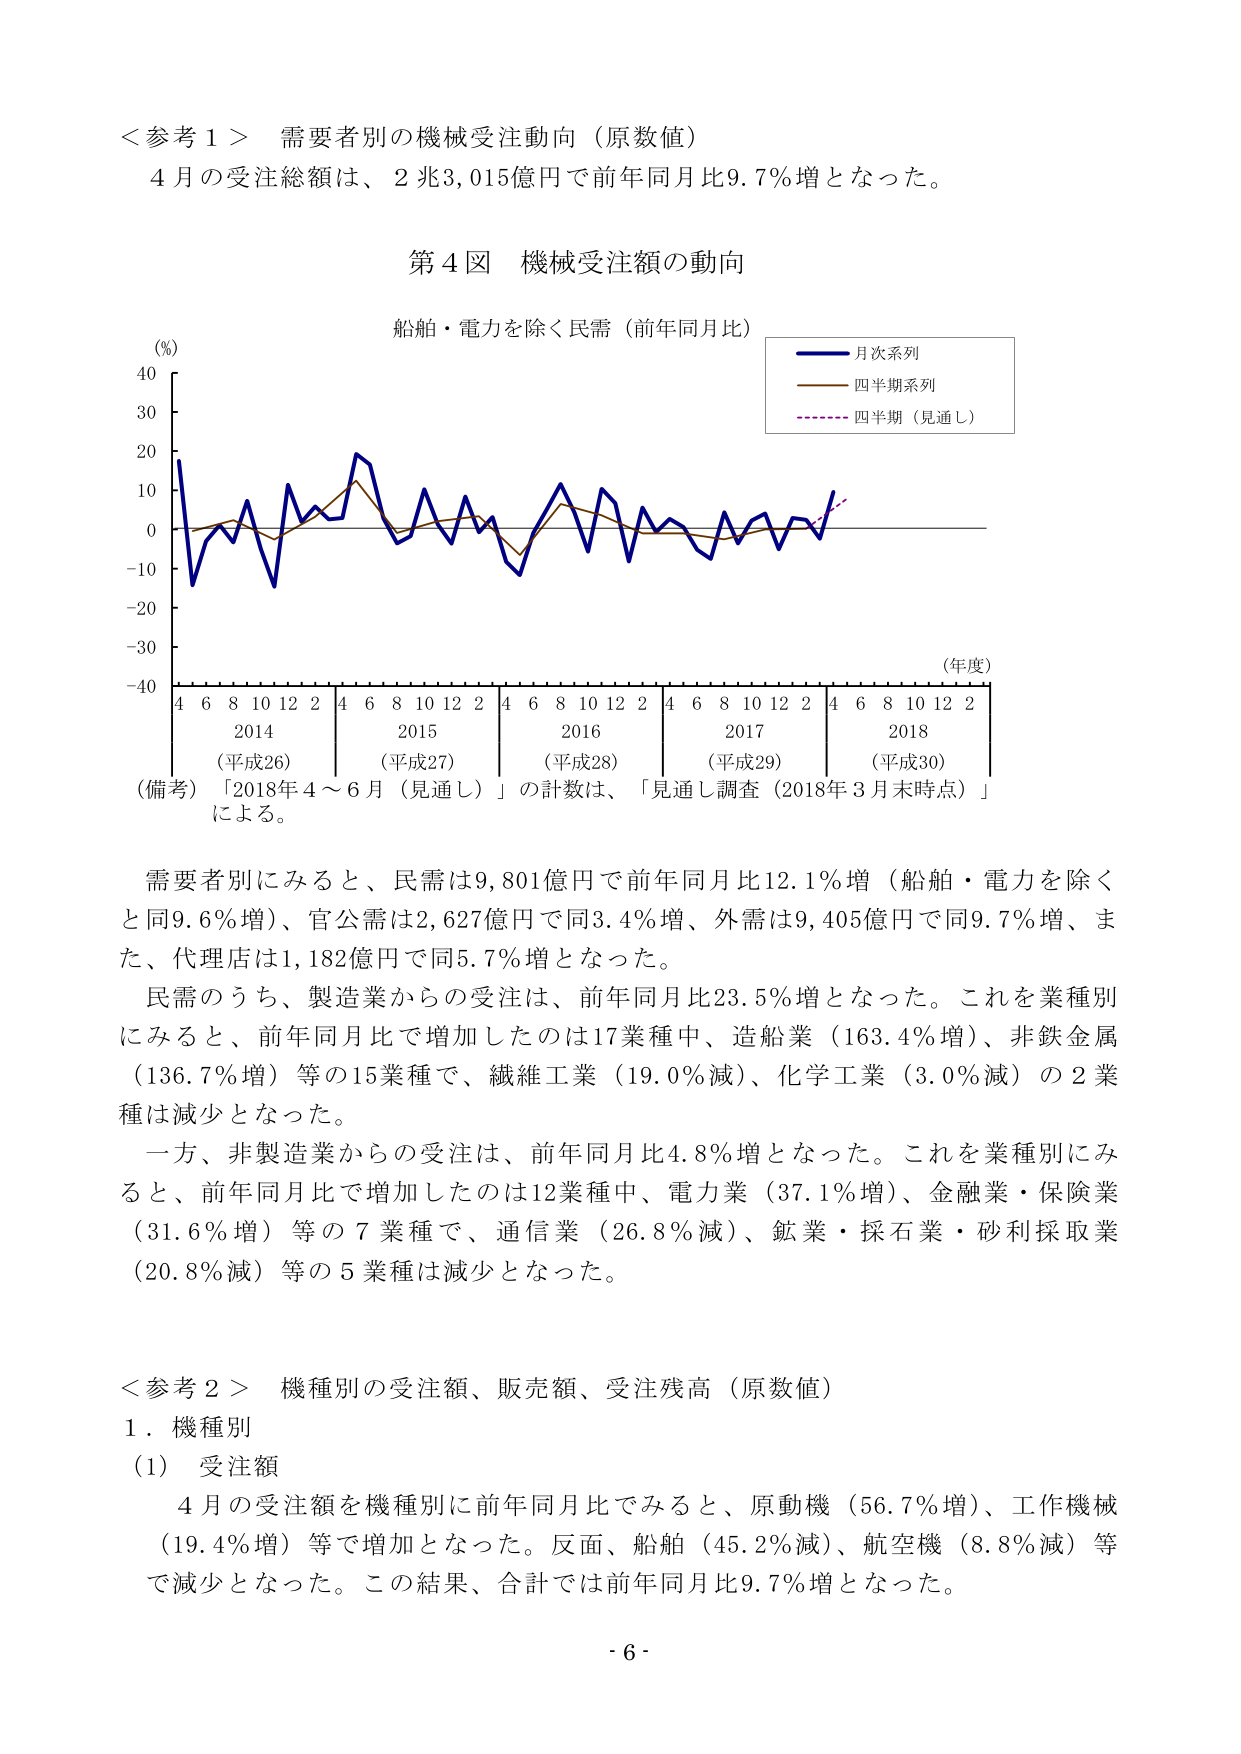
＜参考１＞ 需要者別の機械受注動向（原数値）
４月の受注総額は、２兆3,015億円で前年同月比9.7％増となった。

第４図 機械受注額の動向
船舶・電力を除く民需（前年同月比）
（％）
40
30
20
10
0
-10
-20
-30
-40
（年度）
4 6 8 10 12 2 4 6 8 10 12 2 4 6 8 10 12 2 4 6 8 10 12 2 4 6 8 10 12 2
2014 （平成26） 2015 （平成27） 2016 （平成28） 2017 （平成29） 2018 （平成30）
（備考）「2018年４～６月（見通し）」の計数は、「見通し調査（2018年３月末時点）」による。

月次系列
四半期系列
四半期（見通し）

需要者別にみると、民需は9,801億円で前年同月比12.1％増（船舶・電力を除くと同9.6％増）、官公需は2,627億円で同3.4％増、外需は9,405億円で同9.7％増、また、代理店は1,182億円で同5.7％増となった。
民需のうち、製造業からの受注は、前年同月比23.5％増となった。これを業種別にみると、前年同月比で増加したのは17業種中、造船業（163.4％増）、非鉄金属（136.7％増）等の15業種で、繊維工業（19.0％減）、化学工業（3.0％減）の２業種は減少となった。
一方、非製造業からの受注は、前年同月比4.8％増となった。これを業種別にみると、前年同月比で増加したのは12業種中、電力業（37.1％増）、金融業・保険業（31.6％増）等の７業種で、通信業（26.8％減）、鉱業・採石業・砂利採取業（20.8％減）等の５業種は減少となった。

＜参考２＞ 機種別の受注額、販売額、受注残高（原数値）
１．機種別
（1） 受注額
４月の受注額を機種別に前年同月比でみると、原動機（56.7％増）、工作機械（19.4％増）等で増加となった。反面、船舶（45.2％減）、航空機（8.8％減）等で減少となった。この結果、合計では前年同月比9.7％増となった。

- 6 -